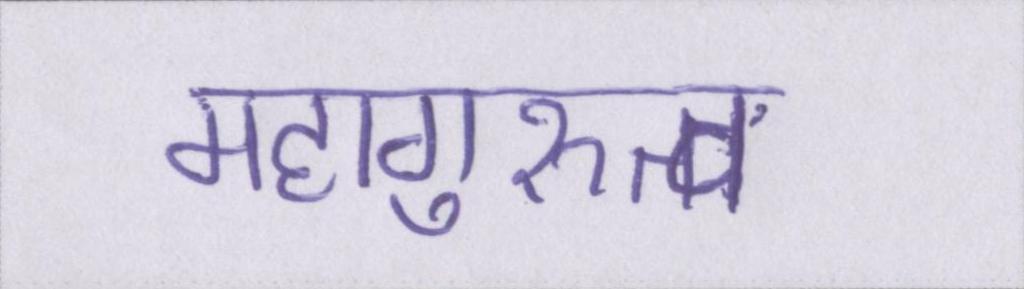
महागुरुत्व